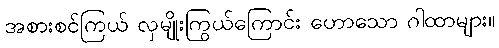
အစားစင်ကြယ် လှမျိုးကြွယ်ကြောင်း ဟောသော ဂါထာများ။